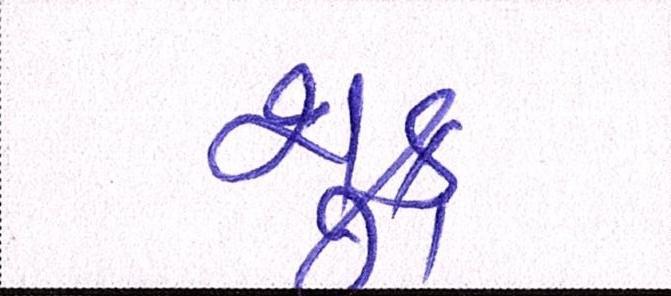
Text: શુક્ર